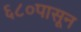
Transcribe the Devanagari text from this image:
६८०पासून